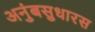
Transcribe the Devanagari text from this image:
अनुंबसुधारस